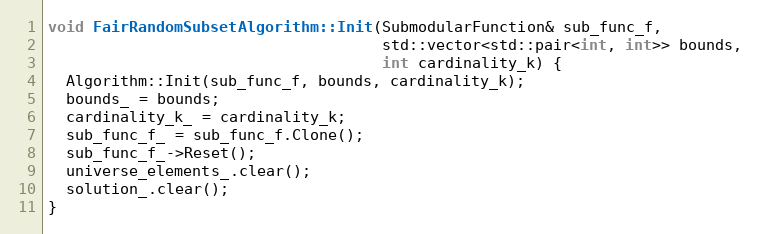
Language: C++
void FairRandomSubsetAlgorithm::Init(SubmodularFunction& sub_func_f,
                                     std::vector<std::pair<int, int>> bounds,
                                     int cardinality_k) {
  Algorithm::Init(sub_func_f, bounds, cardinality_k);
  bounds_ = bounds;
  cardinality_k_ = cardinality_k;
  sub_func_f_ = sub_func_f.Clone();
  sub_func_f_->Reset();
  universe_elements_.clear();
  solution_.clear();
}